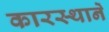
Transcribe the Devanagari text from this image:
कारस्थानें